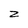
Character: z